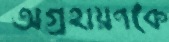
অগ্রহায়ণকে